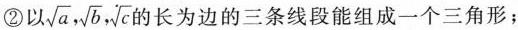
②以\sqrt{a},\sqrt{b},\sqrt{c}的长为边的三条线段能组成一个三角形；